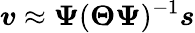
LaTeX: \boldsymbol{v}\approx\boldsymbol{\Psi}(\boldsymbol{\Theta}\boldsymbol{\Psi})^{-1}\boldsymbol{s}